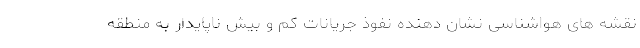
نقشه های هواشناسی نشان دهنده نفوذ جریانات کم و بیش ناپایدار به منطقه